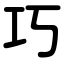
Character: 巧